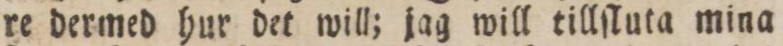
re dermed hur det will; jag will tillſluta mina